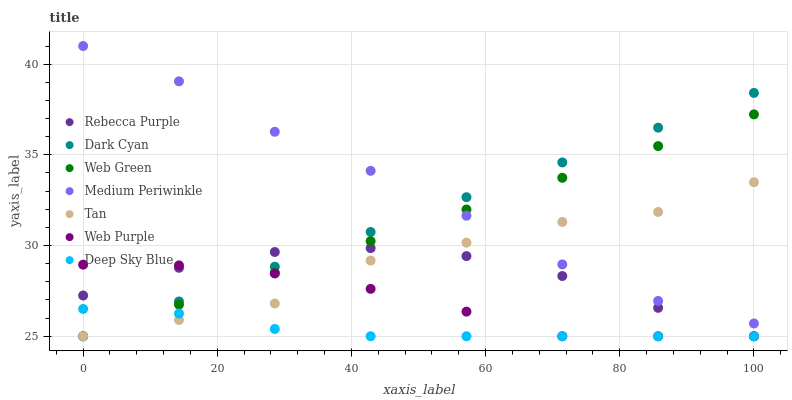
| xaxis_label | Rebecca Purple | Dark Cyan | Web Green | Medium Periwinkle | Tan | Web Purple | Deep Sky Blue |
 | --- | --- | --- | --- | --- | --- | --- | --- |
 | 0 | 27.2 | 25 | 25 | 41 | 25 | 28.9 | 26.5 |
 | 14.3 | 28.8 | 26.9 | 26.7 | 39.1 | 25.9 | 28.9 | 26.3 |
 | 28.6 | 29.6 | 28.8 | 28.5 | 36.3 | 26.8 | 28.5 | 25.4 |
 | 42.9 | 29.9 | 30.7 | 30.2 | 34.1 | 29.2 | 27.6 | 25 |
 | 57.1 | 29.4 | 32.7 | 32 | 31.6 | 30.2 | 26.4 | 25 |
 | 71.4 | 28.3 | 34.6 | 33.7 | 29 | 31.3 | 25 | 25 |
 | 85.7 | 26.6 | 36.5 | 35.5 | 26.9 | 31.9 | 25 | 25 |
 | 100 | 25 | 38.4 | 37.2 | 25.7 | 33.5 | 25 | 25 |